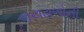
લયઢાળોની